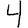
Digit: 4